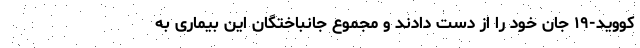
کووید-۱۹ جان خود را از دست دادند و مجموع جانباختگان این بیماری به